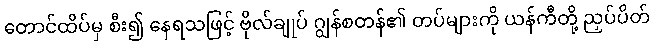
တောင်ထိပ်မှ စီး၍ နေရသဖြင့် ဗိုလ်ချုပ် ဂျွန်စတန်၏ တပ်များကို ယန်ကီတို့ ညှပ်ပိတ်